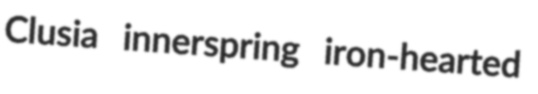
Clusia innerspring iron-hearted